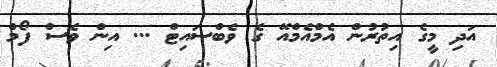
އަދި މީގެ އިތުރުން އެމްއެމްއޭ ގެ ވެބްސައިޓް ... އިން ވެސް ފޯމް